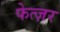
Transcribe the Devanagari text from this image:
फेत्ज़र